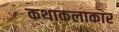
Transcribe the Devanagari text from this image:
कथाकलाकार